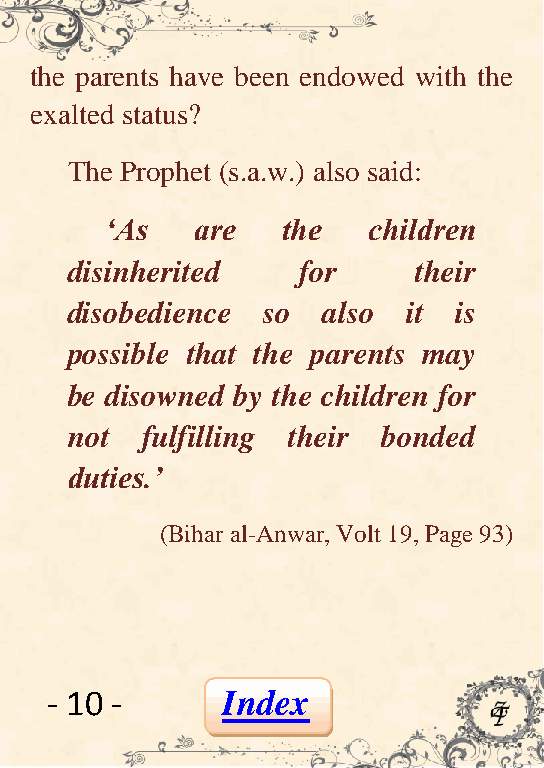
the parents have been endowed with the
 exalted status?
 The Prophet (s.a.w.) also said:
 „As   are   the  children
 disinherited    for    their
 disobedience so  also  it is
 possible that the parents may
 be disowned by the children for
 not  fulfilling their bonded
 duties.‟
 (Bihar al-Anwar, Volt 19, Page 93)
 - 10 -      Index